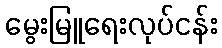
မွေးမြူရေးလုပ်ငန်း